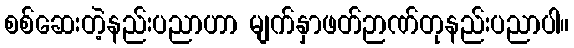
စစ်ဆေးတဲ့နည်းပညာဟာ မျက်နှာဖတ်ဉာဏ်တုနည်းပညာပါ။